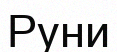
Руни